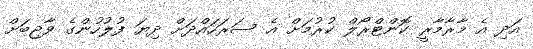
އަދި އެ މާރާމާރީ ކޮންޓްރޯލް ކުރުމަށް އެ ސަރަހައްދަށް ދިޔަ ފުލުހުންގެ ވާޖިބަށް